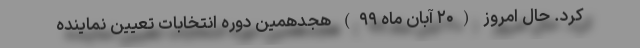
کرد. حال امروز (۲۰ آبان ماه ۹۹) هجدهمین دوره انتخابات تعیین نماینده